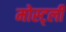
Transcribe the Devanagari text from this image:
मोस्ट्ली